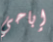
إباحي